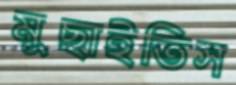
মুছাইতিস